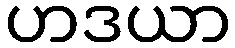
ဟဒယာ